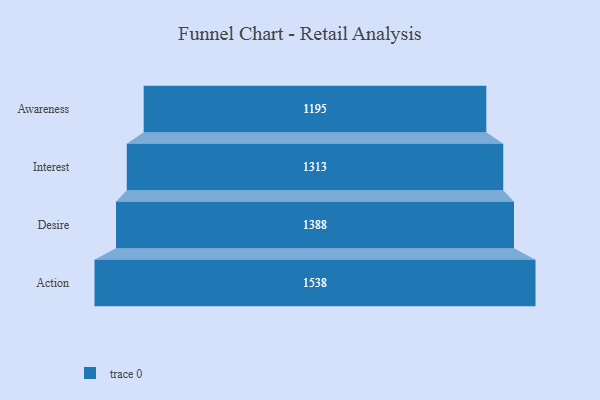
{"axis": {"x": "Stage", "y": "Value"}, "legend": [""], "data": [{"x": "Awareness", "y": 1195.0, "type": ""}, {"x": "Interest", "y": 1313.0, "type": ""}, {"x": "Desire", "y": 1388.0, "type": ""}, {"x": "Action", "y": 1538.0, "type": ""}]}